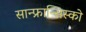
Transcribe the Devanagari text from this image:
सान्फ्रान्सिस्को